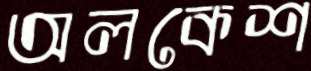
অলকেশ